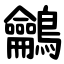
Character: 鸙